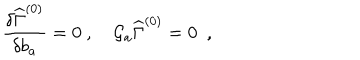
LaTeX: { { \frac { \delta \widehat \Gamma ^ { ( 0 ) } } { \delta b _ { a } } } } = 0 \ , \quad { \cal G } _ { a } \widehat { \Gamma } ^ { ( 0 ) } = 0 ~ ~ ,